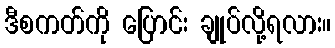
ဒီစကတ်ကို ပြောင်း ချုပ်လို့ရလား။